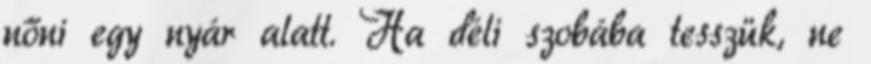
nőni egy nyár alatt. Ha déli szobába tesszük, ne